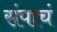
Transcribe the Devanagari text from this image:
संपाचं